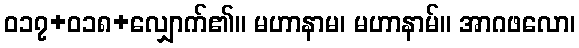
ဝ၁၇+၀၁၈+လျှောက်၏။ မဟာနာမ၊ မဟာနာမ်။ အာဂဖလော၊